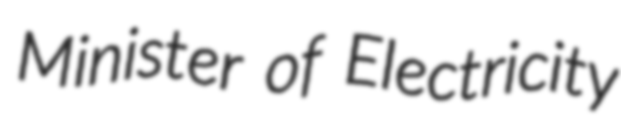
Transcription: Minister of Electricity